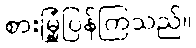
စားမြုံ့ပြန်ကြသည်။